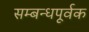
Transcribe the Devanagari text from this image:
सम्बन्धपूर्वक